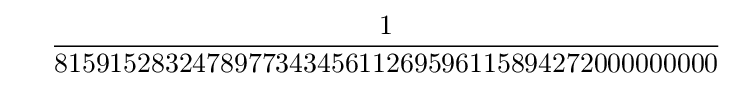
\ \ \ \ {\frac {1}{815915283247897734345611269596115894272000000000}}